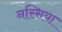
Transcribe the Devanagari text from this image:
नस्सिया